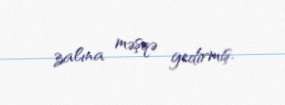
zalına məşqə gedirmiş.